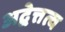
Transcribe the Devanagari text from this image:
अद्वेत्तत्व